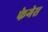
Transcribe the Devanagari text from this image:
फेगेस